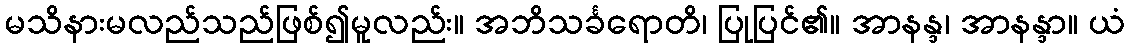
မသိနားမလည်သည်ဖြစ်၍မူလည်း။ အဘိသင်္ခရောတိ၊ ပြုပြင်၏။ အာနန္ဒ၊ အာနန္ဒာ။ ယံ